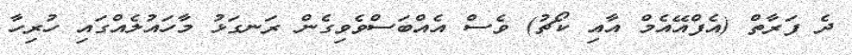
ދެ ފަރާތް (އެފްއޭއެމް އާއި ކޯޗު) ވެސް އެއްބަސްވެވިގެން ރަނގަޅު މާހައުލެއްގައި ހުރިހާ